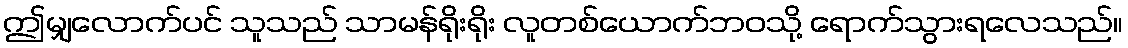
ဤမျှလောက်ပင် သူသည် သာမန်ရိုးရိုး လူတစ်ယောက်ဘဝသို့ ရောက်သွားရလေသည်။